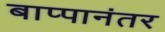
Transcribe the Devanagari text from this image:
बाप्पानंतर